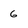
Character: 6